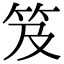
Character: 笈